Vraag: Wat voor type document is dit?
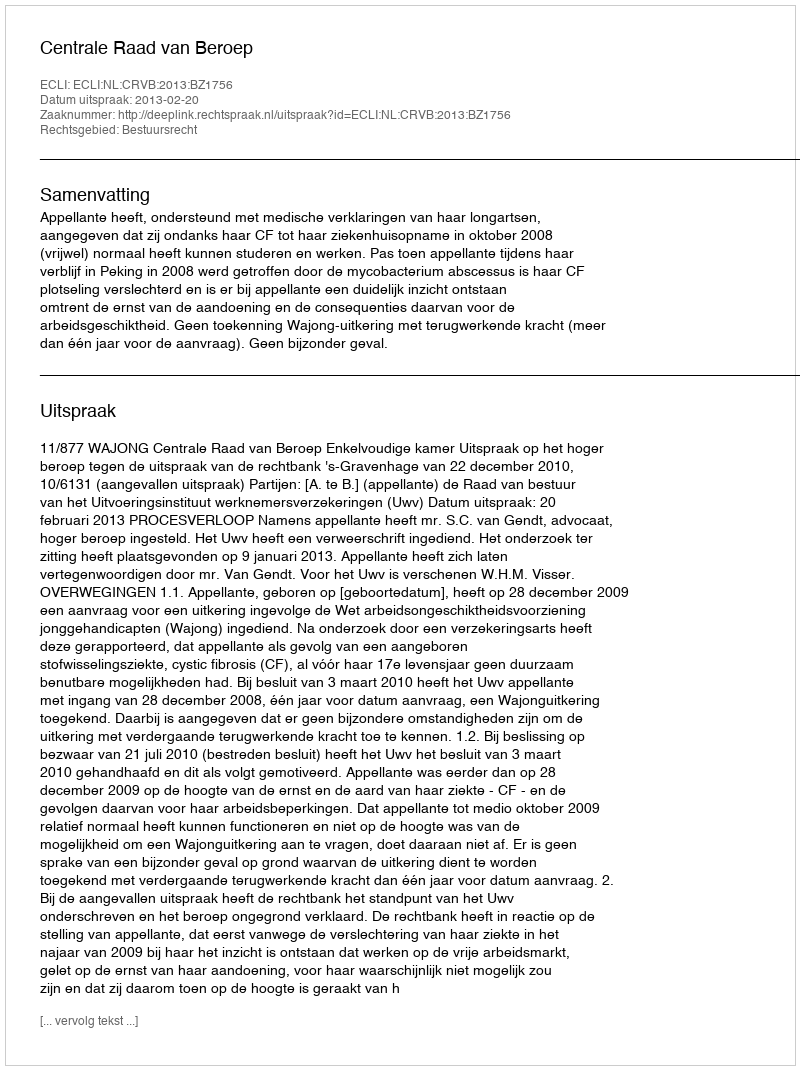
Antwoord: Uitspraak